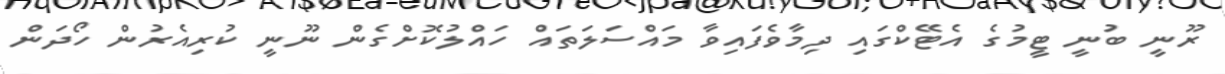
ރޫނީ ބުނީ ޓީމުގެ އެޓޭކްގައި ދިމާވެފައިވާ މައްސަލަތައް ހައްލުކޮށްގެން ނޫނީ ކުރިއެރުން ހޯދަން